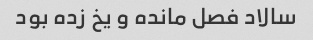
سالاد فصل مانده و یخ زده بود